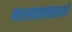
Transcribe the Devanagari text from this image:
नरसाळ्यासारखे